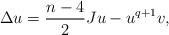
LaTeX: \begin{align*}\Delta u=\frac{n-4}{2}Ju-u^{q+1}v, \end{align*}